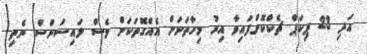
އަދި 23 ޕިކަޕް ޗެކްކޮށްފައިވާ އިރު މިހާތަނަށް އެއްގޮތަކަށް ވެސް ލައިސަންސް ނެތި